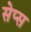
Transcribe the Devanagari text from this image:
सेप्स